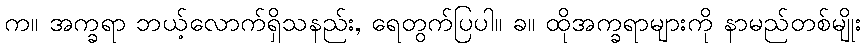
က။ အက္ခရာ ဘယ့်လောက်ရှိသနည်း, ရေတွက်ပြပါ။ ခ။ ထိုအက္ခရာများကို နာမည်တစ်မျိုး